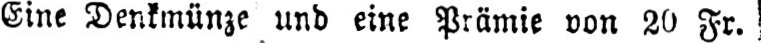
Eine Denkmünze und eine Prämie non 20 Fr.